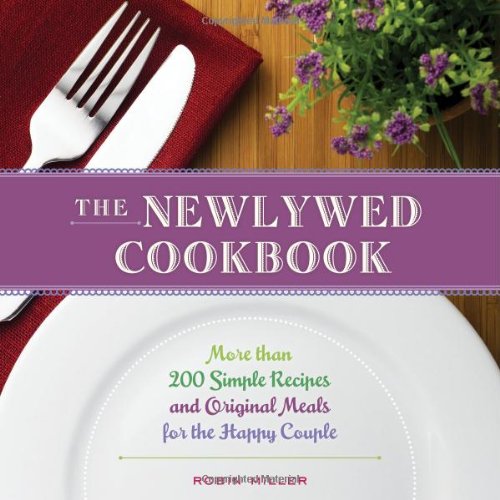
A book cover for The Newlywed Cookbook; Robin Miller; Crafts, Hobbies & Home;